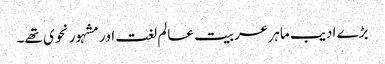
بڑے ادیب ماہر عربیت عالم لغت اور مشہور نحوی تھے۔